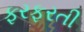
ફરફરતી